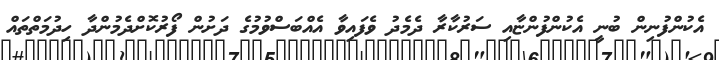
އެކުންފުނިން ބުނީ އެކުންފުންޏާއި ސަރުކާރާ ދެމެދު ވެފައިވާ އެއްބަސްވުމުގެ ދަށުން ފޯރުކޮށްދެމުންދާ ހިދުމަތްތައް